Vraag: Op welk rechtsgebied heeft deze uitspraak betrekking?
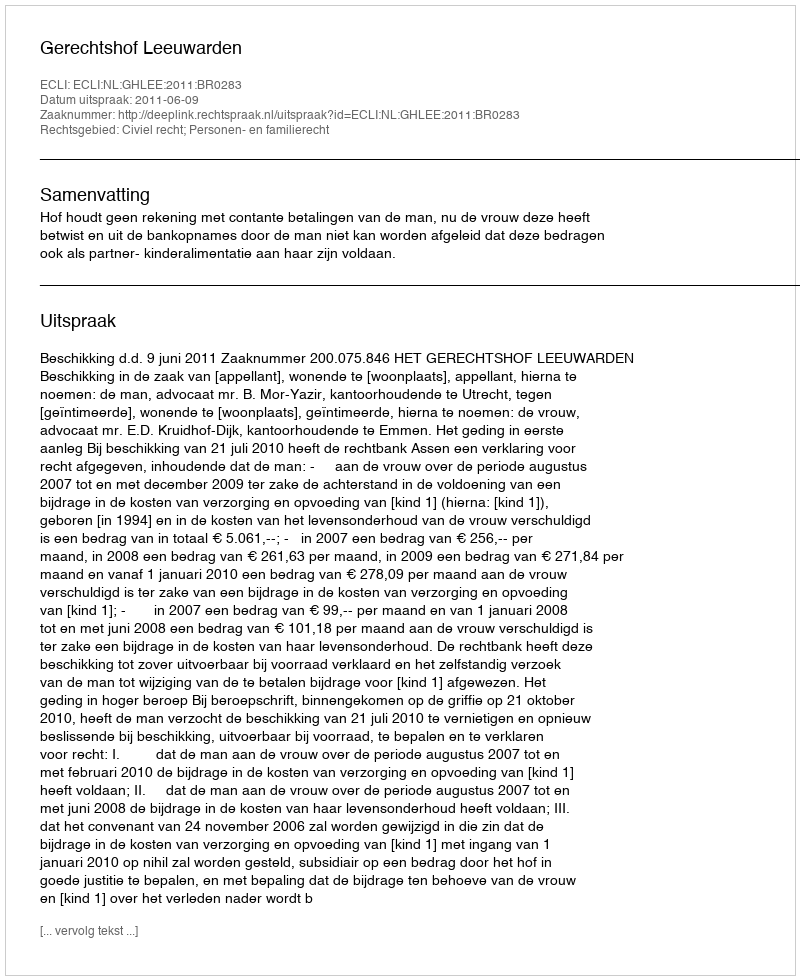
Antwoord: Civiel recht; Personen- en familierecht